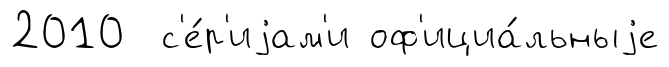
2010 с'е́р'иjам'и оф'ициа́льныjе